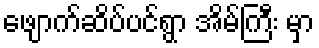
ဖျောက်ဆိပ်ပင်ရွာ အိမ်ကြီး မှာ